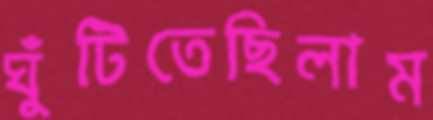
ঘুঁটিতেছিলাম